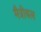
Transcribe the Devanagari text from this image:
मैत्रीबल